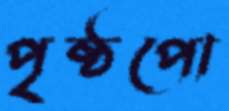
পৃষ্ঠপো